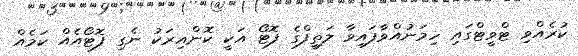
ކުރެއްވި ޓްވީޓްގައި ހިމަނުއްވާފައިވާ ލަތީފްގެ ފޮޓޯ އަކީ ކޮންއިރަކު ނެގި ފޮޓޯއެއް ކަމެއް